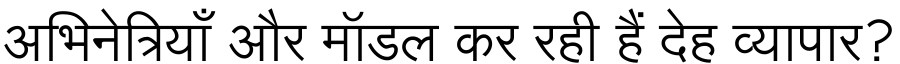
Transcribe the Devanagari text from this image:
अभिनेत्रियाँ और मॉडल कर रही हैं देह व्यापार?